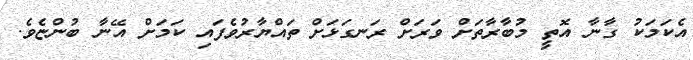
އެކަމަކު ގާނާ އޮތީ މުބާރާތަށް ވަރަށް ރަނގަޅަށް ތައްޔާރުވެފައި ކަމަށް އޭނާ ބުންޏެވެ.